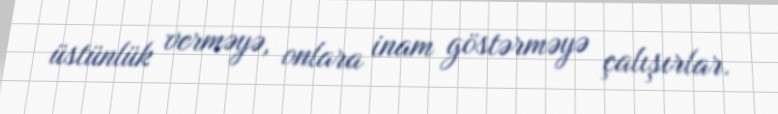
üstünlük verməyə, onlara inam göstərməyə çalışırlar.